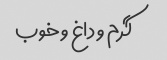
گرم و داغ و خوب